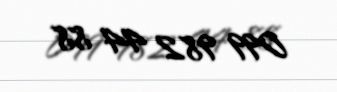
099 982 44 88